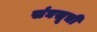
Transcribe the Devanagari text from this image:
संघसूची